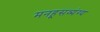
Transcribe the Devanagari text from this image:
मनहूसव्यंग्य